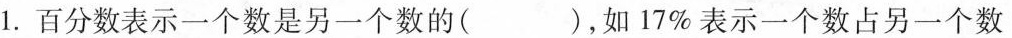
1.百分数表示一个数是另一个数的( )，如17%表示一个数占另一个数